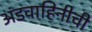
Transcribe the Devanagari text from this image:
अंडवाहिनीची